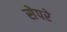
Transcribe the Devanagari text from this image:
सेपरे